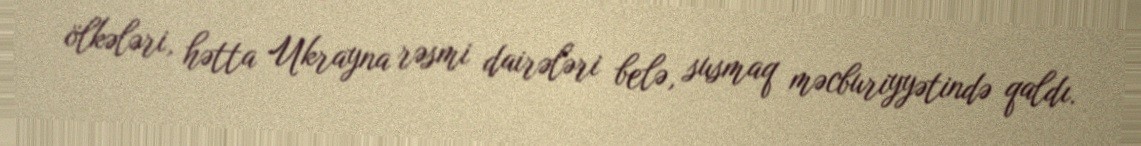
ölkələri, hətta Ukrayna rəsmi dairələri belə, susmaq məcburiyyətində qaldı.